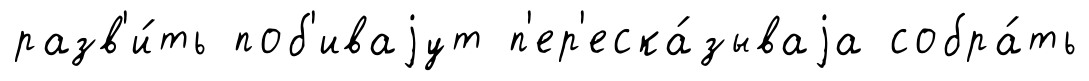
разв'и́ть поб'иваjут п'ер'еска́зываjа собра́ть